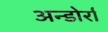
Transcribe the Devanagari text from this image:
अन्डोर्रा